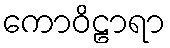
ကောဝိဠာရာ